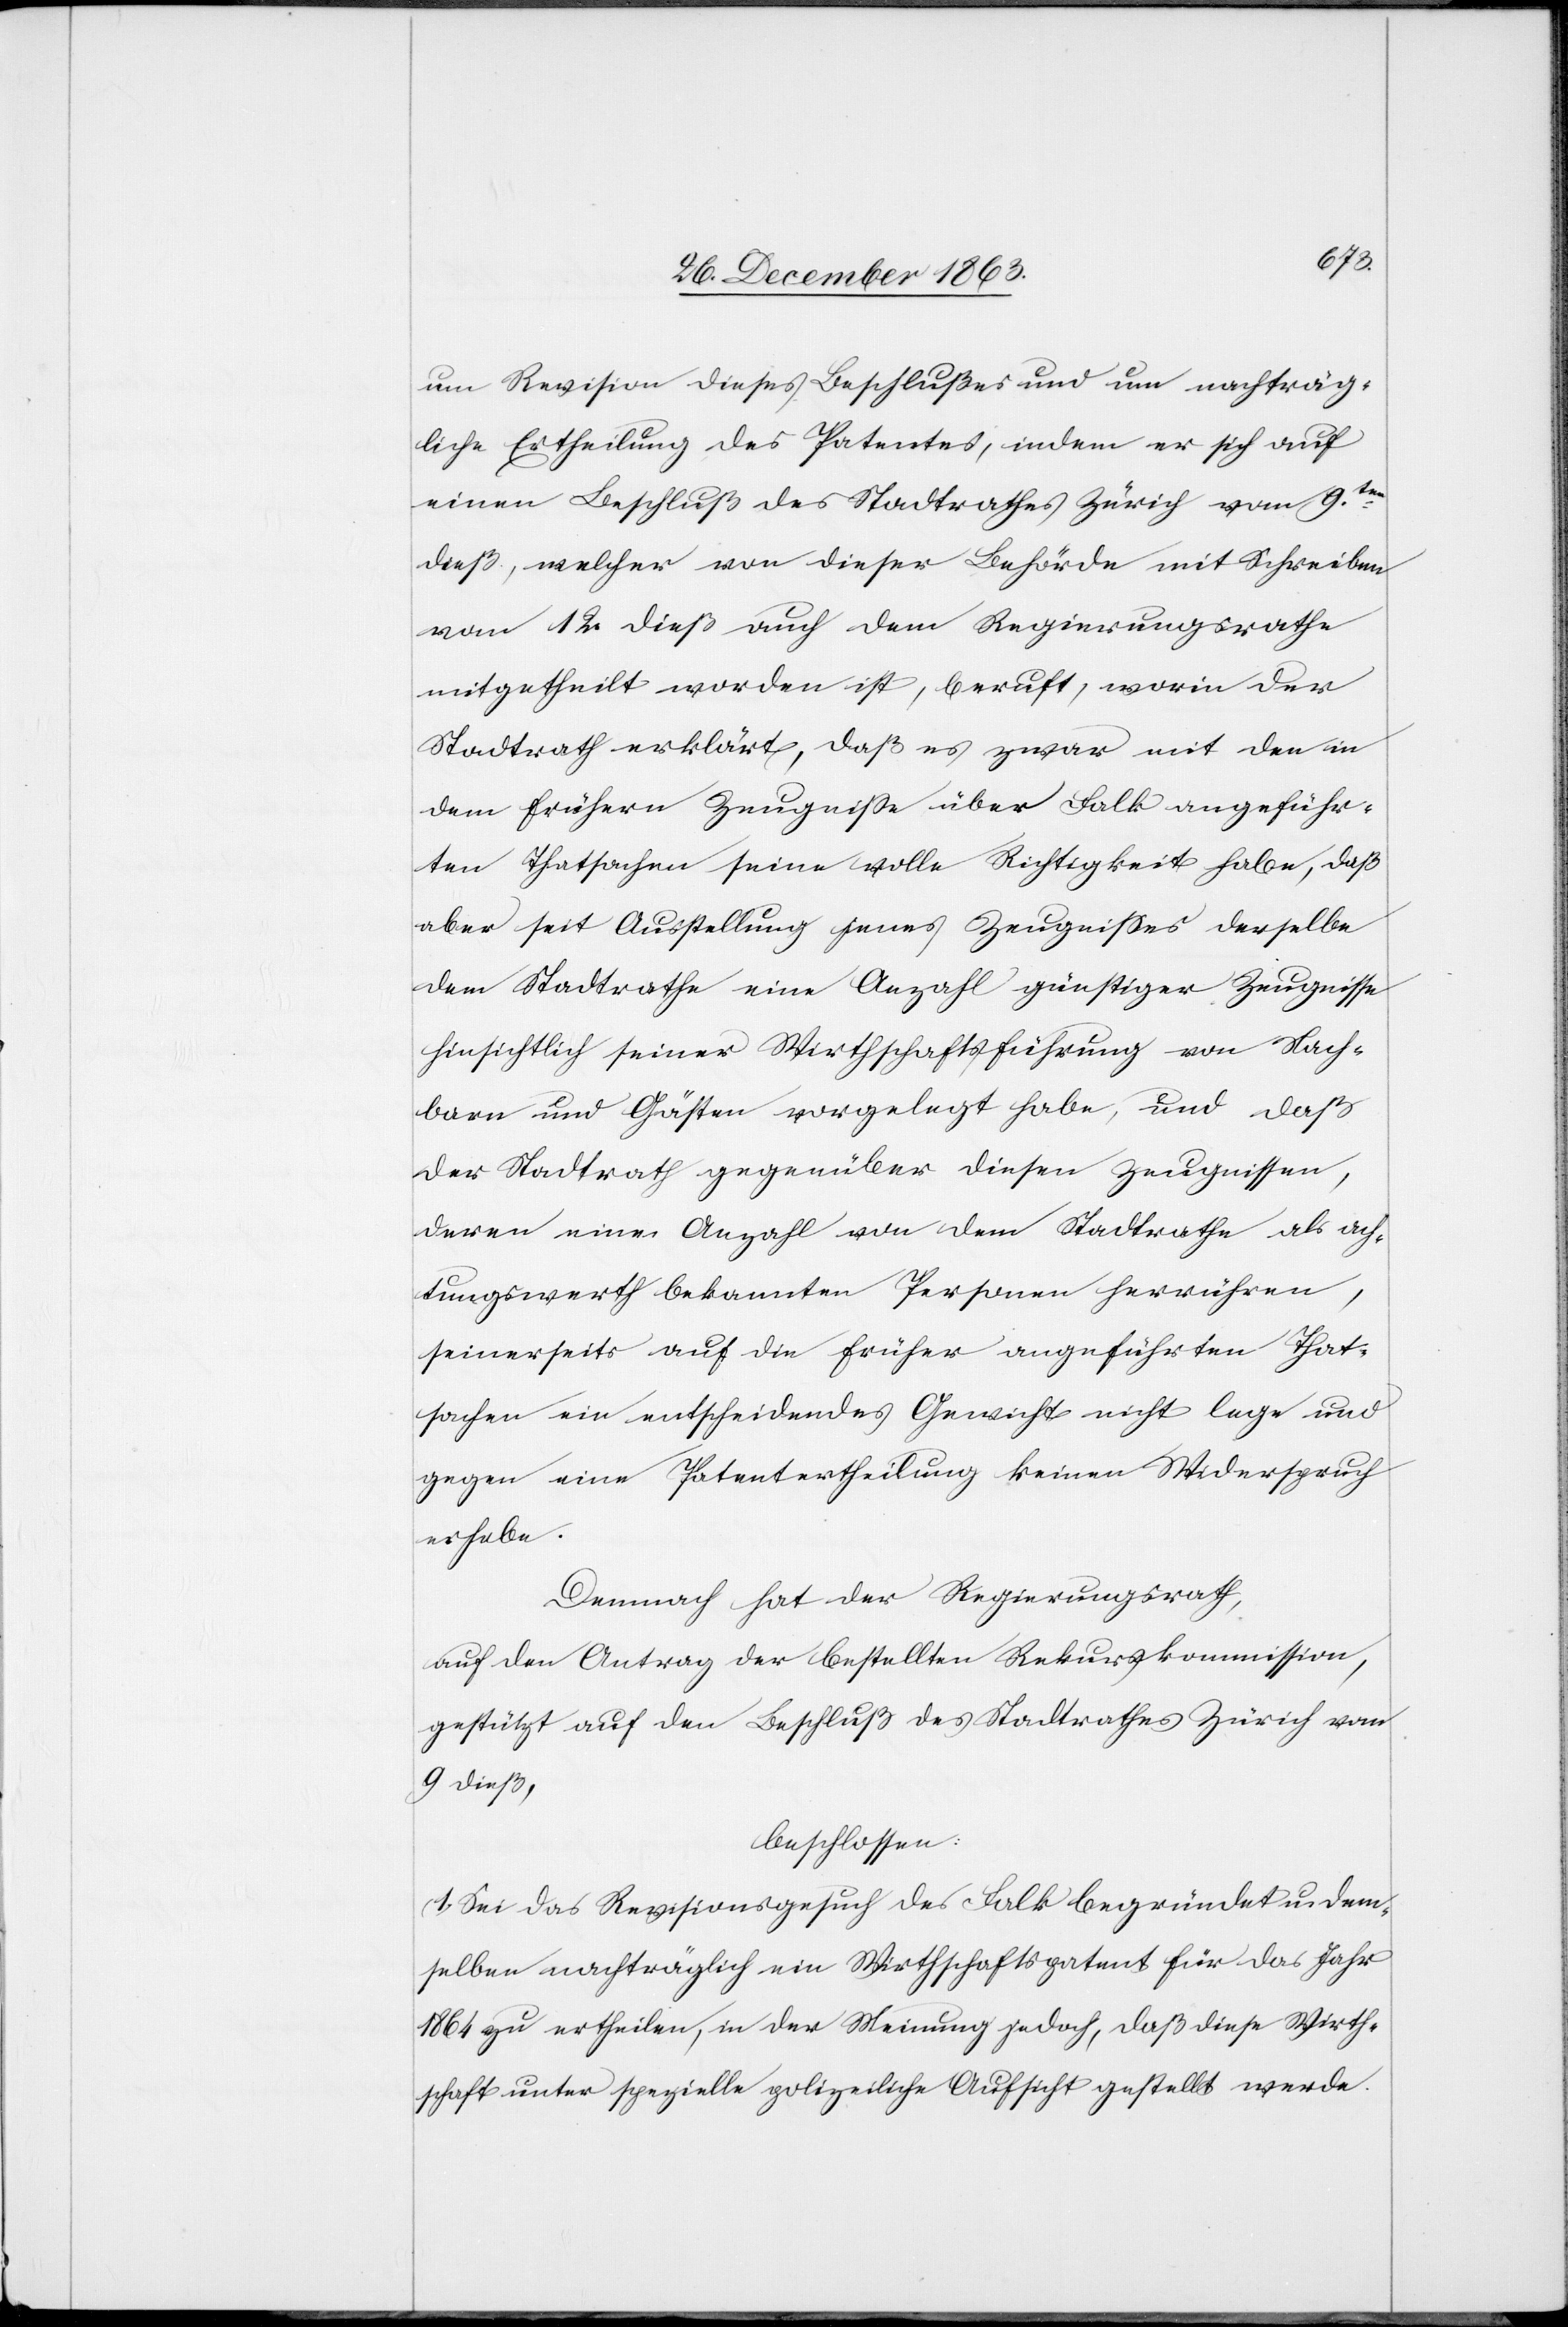
um Revision dieses Beschlußes und um nachträg¬
liche Ertheilung des Patentes, indem er sich auf
einen Beschluß des Stadtrathes Zürich vom 9ten.
dieß, welcher von dieser Behörde mit Schreiben
vom 12. dieß auch dem Regierungsrathe
mitgetheilt worden ist, beruft, worin der
Stadtrath erklärt, das es zwar mit den in
dem frühern Zeugnisse über Falk angeführ¬
ten Thatsachen seine voll Richtigkeit habe, daß
aber seit Ausstellung jenes Zeugnisses derselbe
dem Stadtrathe eine Anzahl günstiger Zeugnisse
hinsichtlich seiner Wirthschaftsführung von Nach¬
barn und Gästen vorgelegt habe, und daß
der Stadtrath gegenüber diesen Zeugnissen,
deren eine Anzahl von dem Stadtrathe als ach¬
tungswerth bekannten Personen herrühren,
seinerseits auf die früher angeführten That¬
sachen ein entscheidendes Gewicht nicht lege und
gegen eine Patentertheilung keinen Widerspruch
erhebe.
Demnach hat der Regierungsrath,
auf den Antrag der bestellten Rekurskommission,
gestützt auf den Beschluß des Stadtrathes Zürich vom
9 dieß,
beschlossen:
1. Sei das Revisionsgesuch des Falk begründet u. dem¬
selben nachträglich ein Wirthschaftspatent für das Jahr
1864 zu ertheilen, in der Meinung jedoch, daß diese Wirth¬
schaft unter spezielle polizeiliche Aufsicht gestellt werde.